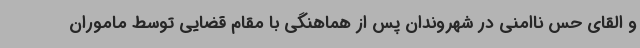
و القای حس ناامنی در شهروندان پس از هماهنگی با مقام قضایی توسط ماموران